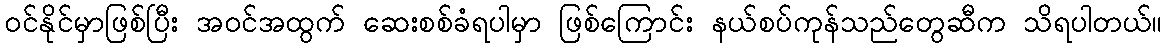
ဝင်နိုင်မှာဖြစ်ပြီး အဝင်အထွက် ဆေးစစ်ခံရပါမှာ ဖြစ်ကြောင်း နယ်စပ်ကုန်သည်တွေဆီက သိရပါတယ်။